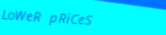
LoWeR pRiCeS